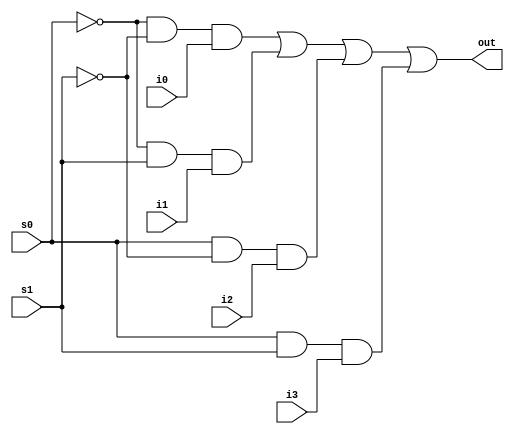
`timescale 1ns / 1ps
//////////////////////////////////////////////////////////////////////////////////
// Company: 
// Engineer: 
// 
// Design Name: 
// Module Name:    gate_level_model 
// Project Name: 
// Target Devices: 
// Tool versions: 
// Description: 
//
// Dependencies: 
//
// Revision: 
// Revision 0.01 - File Created
// Additional Comments: 
//
//////////////////////////////////////////////////////////////////////////////////
module gate_level_model(
    input i0,
    input i1,
    input i2,
    input i3,
    input s0,
    input s1,
	 output out
    );

assign out = (~ s0 &  ~s1 & i0)|
					(~s0 & s1 & i1) |
					(s0 & ~s1 & i2)|
					(s0 & s1 & i3);
endmodule

module stimulus;

	reg IN0 , IN1, IN2, IN3;
	reg S1, S0;

	wire OUTPUT;

gate_level_model mymux(.out(OUTPUT), .i0(IN0), .i1(IN1), .i2(IN2) , .i3(IN3) , .s0(S0), .s1(S1));

initial 
	$dumpvars (IN0, IN1, IN2, IN3, S0, S1, OUTPUT);
	
initial
	begin
		#10;
		
		IN0 = 1; IN1= 0 ; IN2 = 1 ; IN3 = 0;
		#1 $display("IN0 = %b, IN1 = %b ,IN2 = %b , IN3 = %b \n" ,IN0 ,IN1 , IN2 , IN3);

		// choose IN0
		S1 = 0 ; S0 = 0;
		#1 $display("S1 = %b, S0 = %b, output = %b \n" ,S1,S0 , OUTPUT);

		S1 = 1 ; S0 = 0;
		#1 $display("S1 = %b, S0 = %b, output = %b \n ",S1,S0 , OUTPUT);

		S1 = 0 ; S0 = 1;
		#1 $display("S1 = %b, S0 = %b, output = %b \n ",S1,S0 , OUTPUT);

		S1 = 1 ; S0 = 1;
		#1 $display("S1 = %b, S0 = %b, output = %b \n ",S1,S0 , OUTPUT);
 
end

	
initial 
	#100 $finish;

endmodule